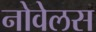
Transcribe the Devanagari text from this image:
नोवेलस